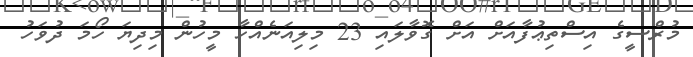
މުރްސީގެ އިސްތިޢުފާއަށް އަށް ގޮވާލައި 23 މިލިއަނެއްހާ މީހުން މިދިޔަ ހޯމަ ދުވަހު